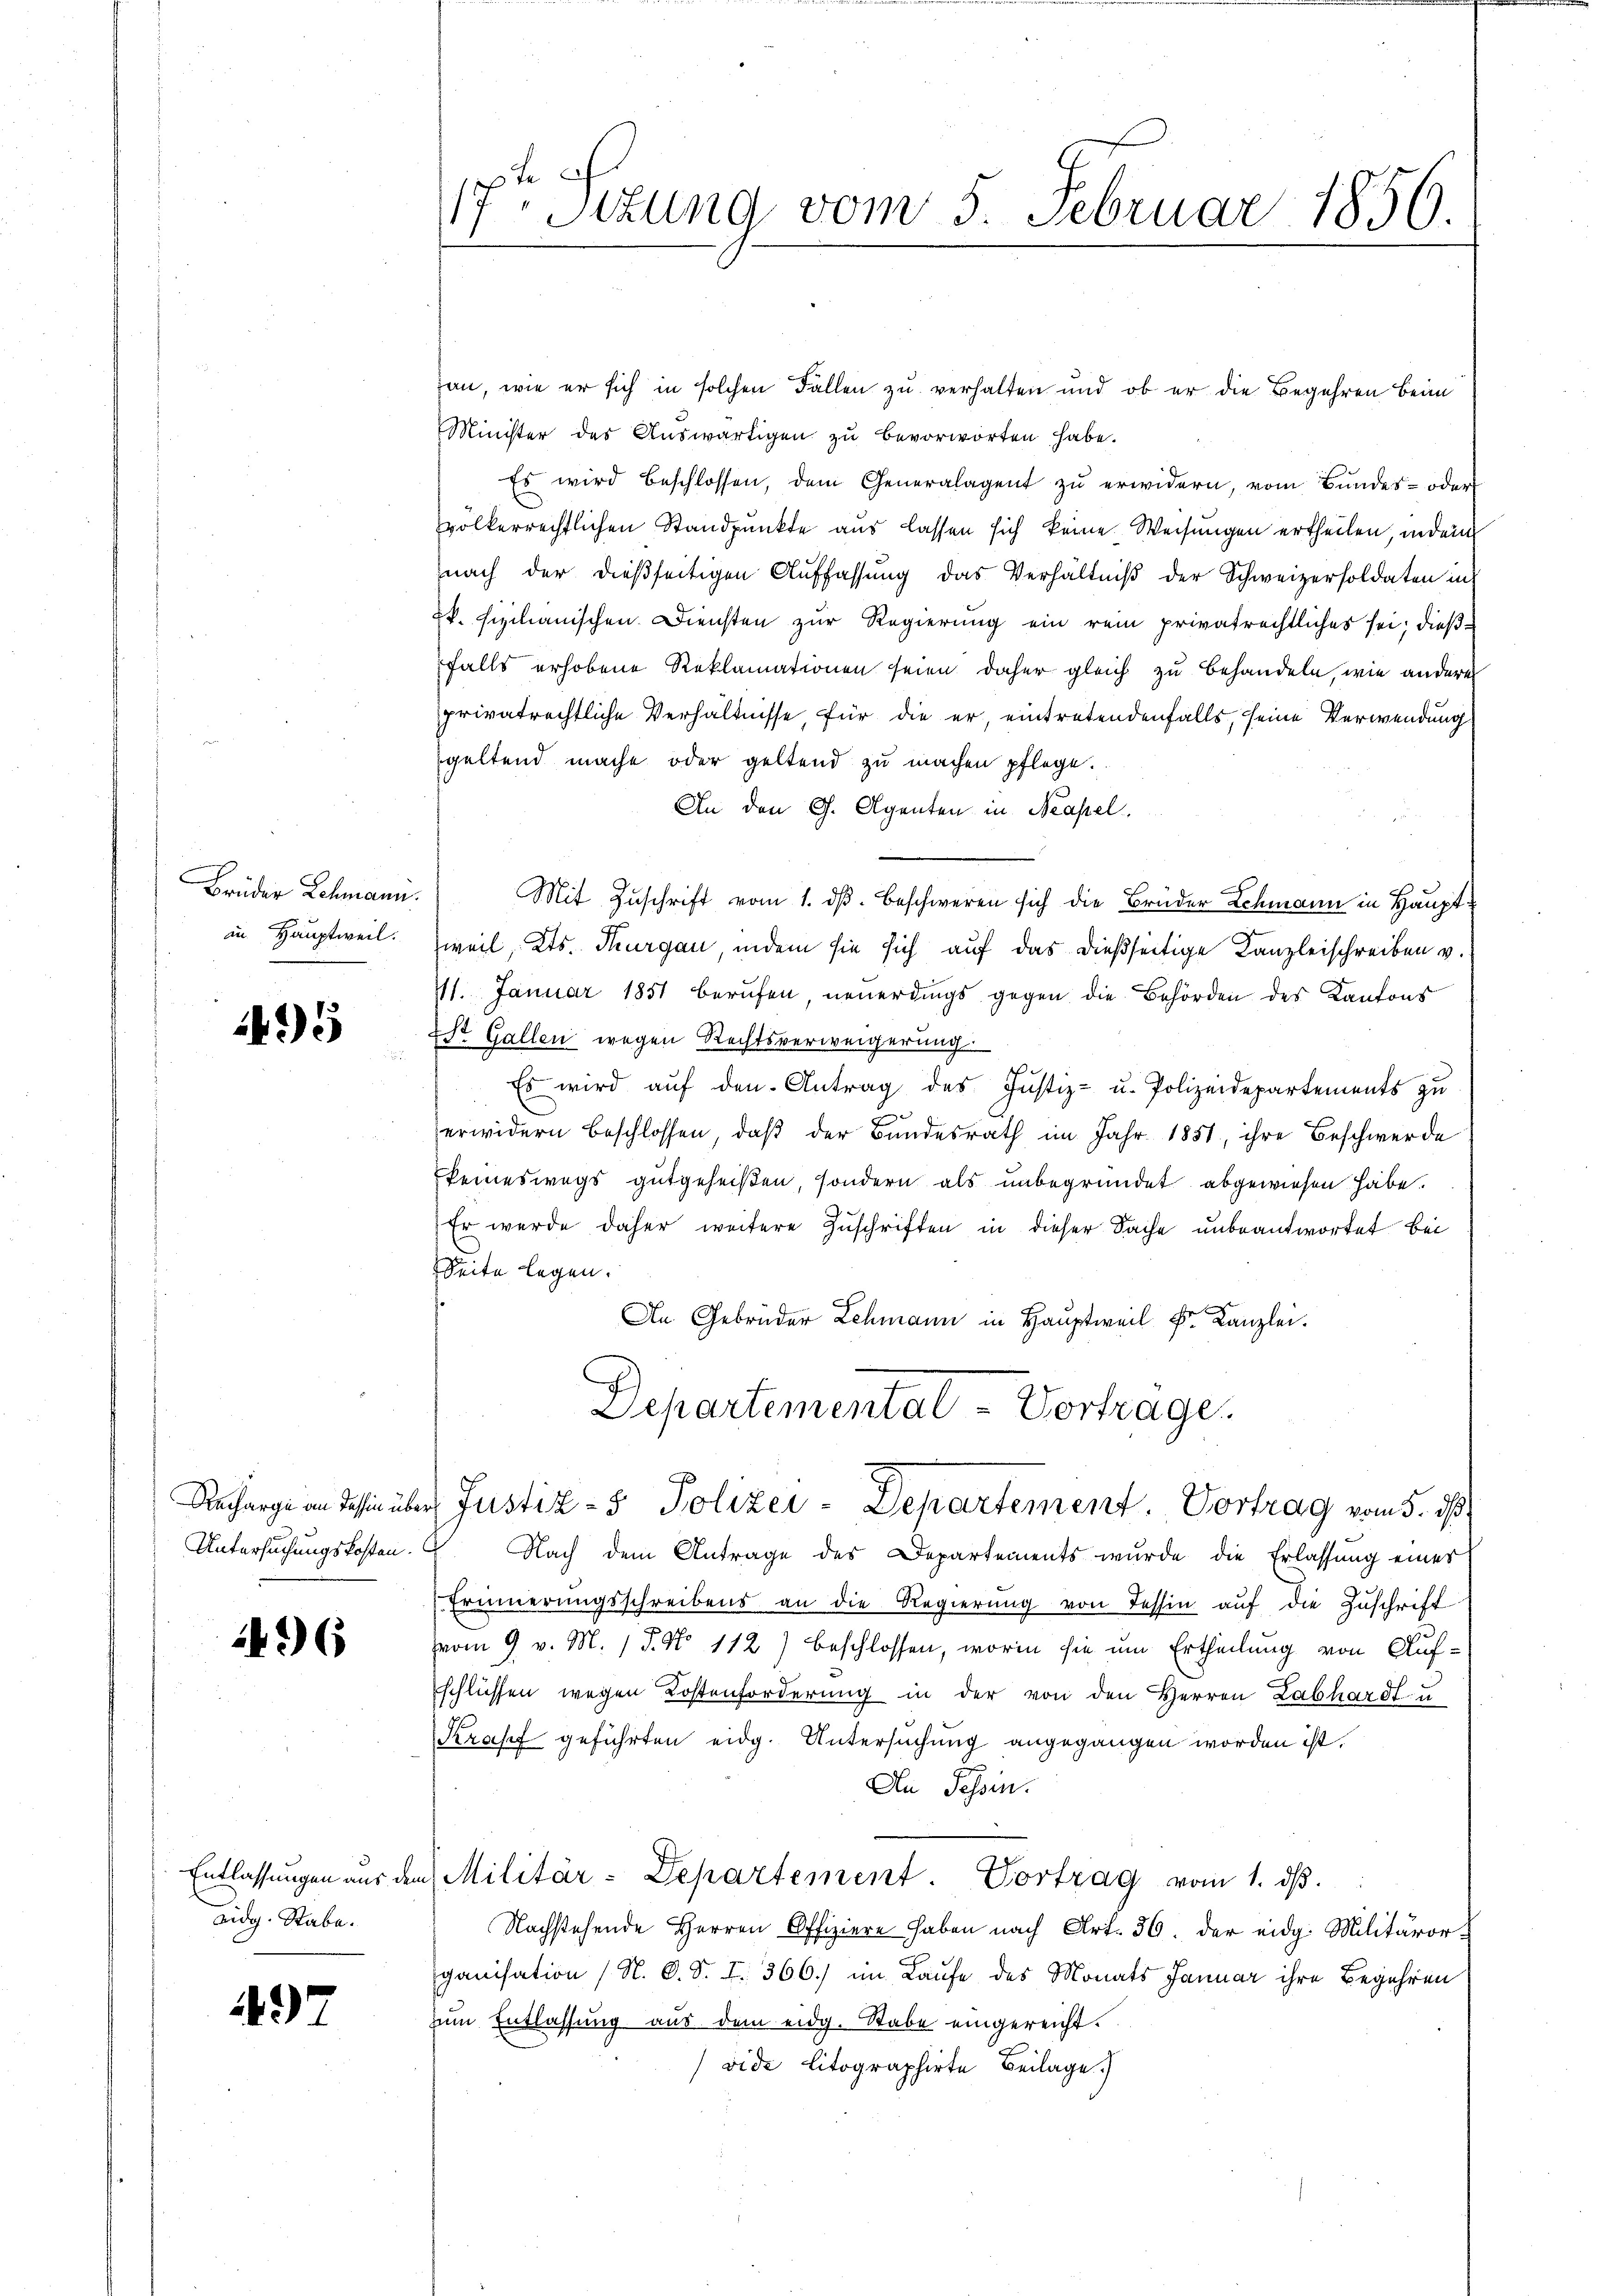
Brüder Lehmann.
an Hauptweil.

495

Untersuchungskosten.

36

Entlassungen aus dem
Eidg. Stabe.

497

17 Stzung vom 5. Februar 1856.

an, wie er sich in solchen Fallen zu verhalten und ob er die Begehren beim
Minister des Auswärtigen zu bevorworten habe.
Es wird beschlossen, dem Generalagent zu erwidern, vom Bundes- oder
völkerrechtlichen Standpunkte aus lassen sich keine Weisungen ertheilen, indem
nach der dießseitigen Aŭffassŭng das Verhältniβ der Schweizersoldaten ins
k. sizilianischen Diensten zur Regierung ein rein privatrechtliches sei; dießfalls erhobene Reklamationen seien daher gleich zu behandeln, wie andere
privatrechtliche Verhältnisse, für die er, eintretendenfalls, seine Verwendung
geltend mache oder geltend zu machen pflege.
An den G. Agenten in Neapel.
Mit Zuschrift vom 1. ds. beschweren sich die Brüder Schmann in Hauptweil, Kts. Thurgau, indem sie sich auf das dießseitige Kanzleischreiben v.
111. Januar 1851 berufen, neuerdings gegen die Behörden des Kantons
r Gallen wegen Rechtsverweigerung.
Es wird auf den Antrag des Justiz- u. Polizeidepartements zu
erwidern beschlossen, daß der Bundesrath im Jahr 1851, ihre Beschwerde
keineswegs gutgeheißen, sondern als unbegründet abgewiesen habe.
Er wurde daher weitere Zuschriften in dieser Sache unbeantwortet bei
Seite legen.
An Gebrüder Lehmann in Hauptweil Fr. Kanzlei.
Departemental - Vortrage
Recharge an dessin über Justiz- & Polizei-Departement. Vortrag vom 5. ds.
Nach dem Antrage des Departements wurde die Erlassung einer
Erinnerungsschreibens an die Regierŭng von Tessin auf die Zuschrift
vom 9 v. M. / 5. No 112) beschlossen, worin sie um Ertheilung von Aufschlüssen wegen Kostenforderung in der von den Herren Labhardt- u
Krasef geführten eidg. Untersuchung angegangen worden ist.
An Tessin.
Militär-Departement. Vortrag vom 1. dβ.
Nachstehende Herren Offiziere haben nach Art. 36. der eidg. Militäror-
ganisation (N. O. S. I. 366.) im Laufe des Monats Januar ihre Begehren
um Entlassung aus dem eidg. Rabe eingereicht.
vide litographirte Beilage.)